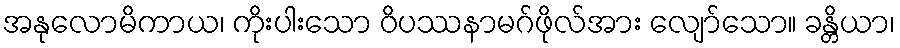
အနုလောမိကာယ၊ ကိုးပါးသော ဝိပဿနာမဂ်ဖိုလ်အား လျော်သော။ ခန္တိယာ၊